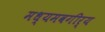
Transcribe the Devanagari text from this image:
मध्यमवगीर्य